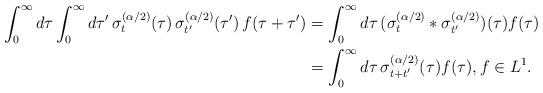
LaTeX: \begin{align*} \int_0^\infty d\tau \int_0^\infty d\tau'\, \sigma_t^{(\alpha/2)}(\tau)\, \sigma_{t'}^{(\alpha/2)}(\tau')\, f(\tau+\tau') & = \int_0^\infty d\tau\, (\sigma_t^{(\alpha/2)}\ast\sigma_{t'}^{(\alpha/2)})(\tau)f(\tau) \\ & = \int_0^\infty d\tau\, \sigma_{t+t'}^{(\alpha/2)}(\tau)f(\tau), f\in L^1. \end{align*}